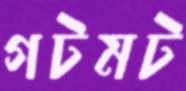
গটমট